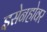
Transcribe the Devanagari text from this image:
इसेनहोवर